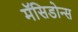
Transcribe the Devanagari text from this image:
मॅसिडोन्स